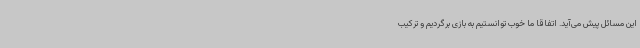
این مسائل پیش می‌آید. اتفاقا ما خوب توانستیم به بازی برگردیم و ترکیب